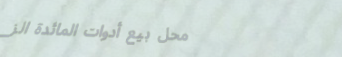
محل بيع أدوات المائدة الز